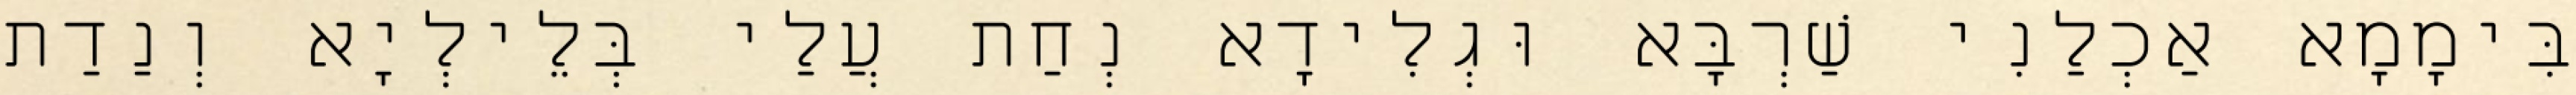
בִּימָמָא אַכְלַנִי שַׁרְבָּא וּגְלִידָא נְחַת עֲלַי בְּלֵילְיָא וְנַדַת